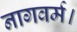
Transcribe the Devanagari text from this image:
नागवर्म।